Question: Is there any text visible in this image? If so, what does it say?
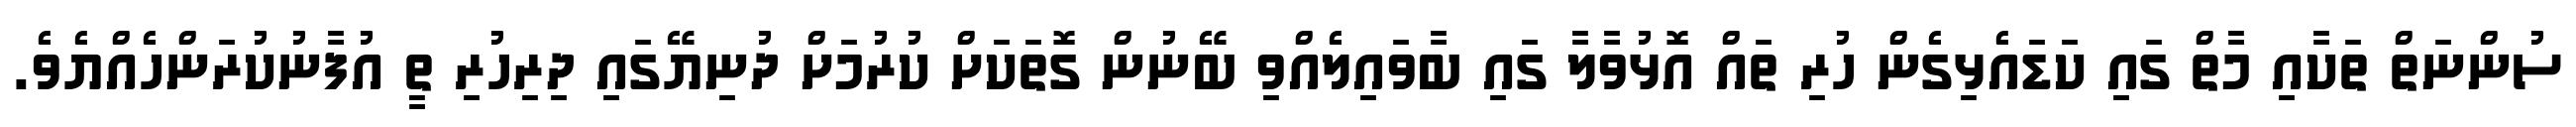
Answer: ސުންނަތް ތަކާއި މާތް ގައި ކަޑައެޅިގެން ހުރި ތައް އޮޅުވާލާ ގައި ބާވައިލެއްވި ބޭނުން ގޮތަކަށް ކުރުމަށް ދުނިޔޭގައި ދިރިހުރި ތީ އުފާނުކުރަންހެއްޔެވެ.